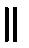
။